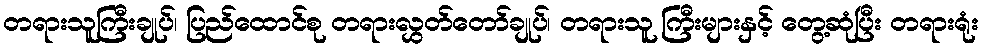
တရားသူကြီးချုပ်၊ ပြည်ထောင်စု တရားလွှတ်တော်ချုပ်၊ တရားသူ ကြီးများနှင့် တွေ့ဆုံပြီး တရားရုံး